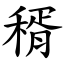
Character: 稰